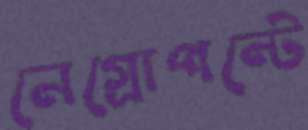
নেগ্রোপন্টে